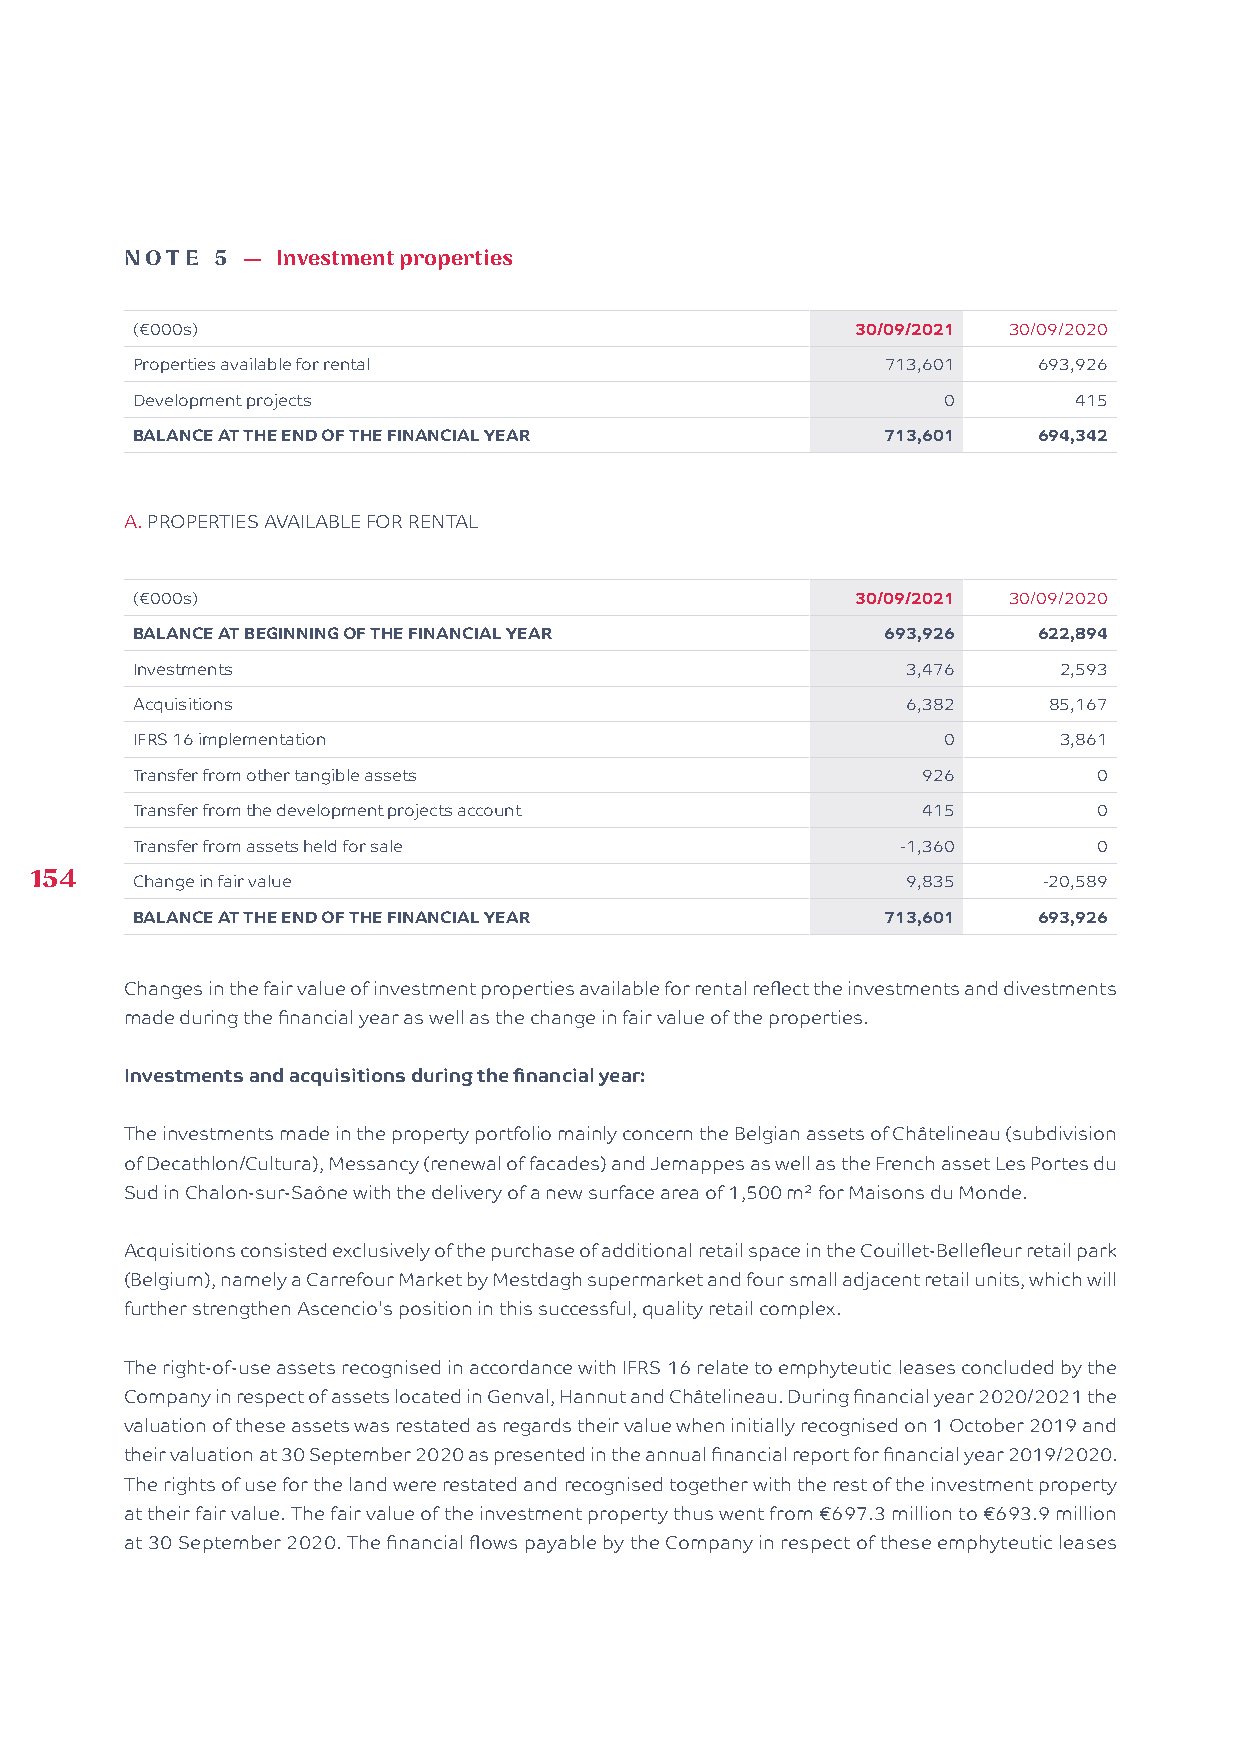
NOTE  5 — I nvestment properties
 (€000s)                                         30/09/2021 30/09/2020
 Properties available for rental                   713,601   693,926
 Development projects                                 0        415
 BALANCE AT THE END OF THE FINANCIAL YEAR          713,601   694,342
 A. PROPERTIES AVAILABLE FOR RENTAL
 (€000s)                                         30/09/2021 30/09/2020
 BALANCE AT BEGINNING OF THE FINANCIAL YEAR        693,926   622,894
 Investments                                        3,476     2,593
 Acquisitions                                       6,382    85,167
 IFRS 16 implementation                               0       3,861
 Transfer from other tangible assets                 926         0
 Transfer from the development projects account      415         0
 Transfer from assets held for sale                 -1,360       0
 154
 Change in fair value                               9,835    -20,589
 BALANCE AT THE END OF THE FINANCIAL YEAR          713,601   693,926
 Changes in the fair value of investment properties available for rental reflect the investments and divestments
 made during the financial year as well as the change in fair value of the properties.
 Investments and acquisitions during the financial year:
 The investments made in the property portfolio mainly concern the Belgian assets of Châtelineau (subdivision
 of Decathlon/Cultura), Messancy (renewal of facades) and Jemappes as well as the French asset Les Portes du
 Sud in Chalon-sur-Saône with the delivery of a new surface area of 1,500 m² for Maisons du Monde.
 Acquisitions consisted exclusively of the purchase of additional retail space in the Couillet-Bellefleur retail park
 (Belgium), namely a Carrefour Market by Mestdagh supermarket and four small adjacent retail units, which will
 further strengthen Ascencio's position in this successful, quality retail complex.
 The right-of-use assets recognised in accordance with IFRS 16 relate to emphyteutic leases concluded by the
 Company in respect of assets located in Genval, Hannut and Châtelineau. During financial year 2020/2021 the
 valuation of these assets was restated as regards their value when initially recognised on 1 October 2019 and
 their valuation at 30 September 2020 as presented in the annual financial report for financial year 2019/2020.
 The rights of use for the land were restated and recognised together with the rest of the investment property
 at their fair value. The fair value of the investment property thus went from €697.3 million to €693.9 million
 at 30 September 2020. The financial flows payable by the Company in respect of these emphyteutic leases